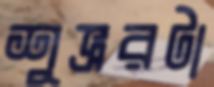
শুভ্ররটা